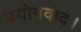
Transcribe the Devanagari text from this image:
प्रयोगवाद।